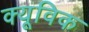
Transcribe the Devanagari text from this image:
क्यूविक